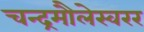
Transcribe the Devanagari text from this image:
चन्द्रमौलेस्वरर